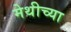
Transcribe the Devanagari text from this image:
मेथीच्या